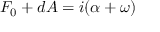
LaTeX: F _ { 0 } + d A = i ( \alpha + \omega )